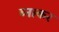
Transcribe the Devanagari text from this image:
ब्नाकर